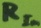
Text: RIN